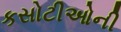
કસોટીઓની